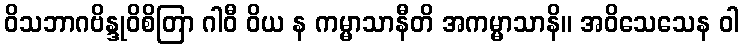
ဝိသဘာဂဗိန္ဒုဝိစိတြာ ဂါဝီ ဝိယ န ကမ္မာသာနီတိ အကမ္မာသာနိ။ အဝိသေသေန ဝါ